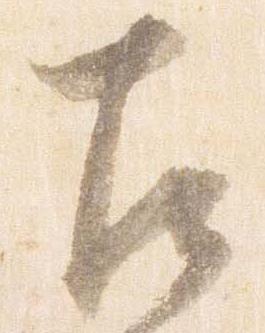
左